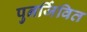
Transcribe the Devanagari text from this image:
पुनर्जिवित